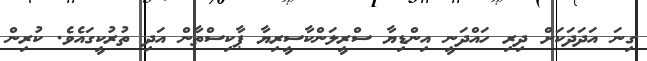
ގިނަ އަދަދަކަށް ދިރި ހައްދަނީ އިންޑިޔާ ސްރީލަންކާސީރިޔާ ޕާކިސްތާން އަދި ތުރުކީގައެވެ. ކުރިން